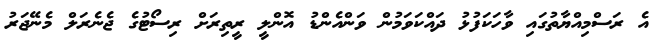
އެ ރަސްމިއްޔާތުގައި ވާހަކަފުޅު ދައްކަވަމުން ވަންއެންޑު އޮންލީ ރީތިރަށް ރިސޯޓުގެ ޖެނެރަލް މެނޭޖަރު